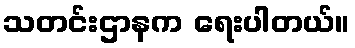
သတင်းဌာနက ရေးပါတယ်။